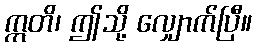
ဣတိ၊ ဤသို့ လျှောက်ပြီ။